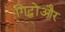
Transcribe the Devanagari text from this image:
गिद्धोंऔर